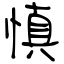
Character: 慎